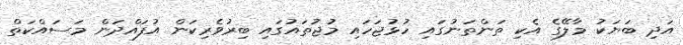
އަދި ބަޔަކު މާލޭގެ އެކި ތަންތަނުގައި ހުޅުޖަހައި މުޖުތައުގައި ބިރުވެރިކަން އުފައްދަން މަސައްކަތް